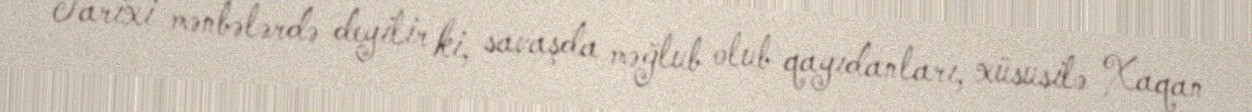
Tarixi mənbələrdə deyilir ki, savaşda məğlub olub qayıdanları, xüsusilə Xaqan